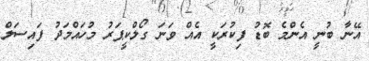
އޭނާ ބުނީ އެންމެ ބޮޑު ފިކުރަކީ އެއް ވަނަ ގޯލްކީޕަރު މުހައްމަދު ފައިސަލް